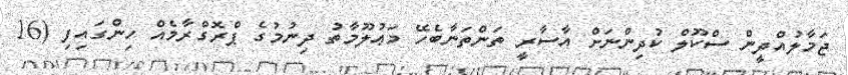
ޖަމާލުއްދީން ސްކޫލް ކުދިންނަށް އާސާރީ ތަންތަނާބެހޭ މަޢުލޫމާތު ދިނުމުގެ ޕްރޮގްރާމެއް ހިންގައިފި (16